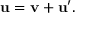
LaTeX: \mathbf { u } = \mathbf { v } + \mathbf { u ^ { \prime } } .